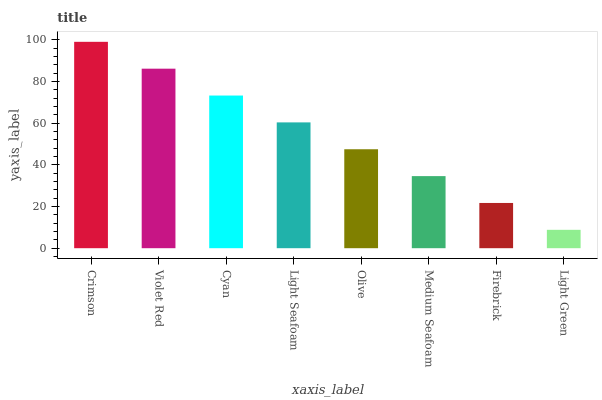
| xaxis_label | bars |
 | --- | --- |
 | Crimson | 99 |
 | Violet Red | 86.1 |
 | Cyan | 73.2 |
 | Light Seafoam | 60.3 |
 | Olive | 47.5 |
 | Medium Seafoam | 34.6 |
 | Firebrick | 21.7 |
 | Light Green | 8.82 |